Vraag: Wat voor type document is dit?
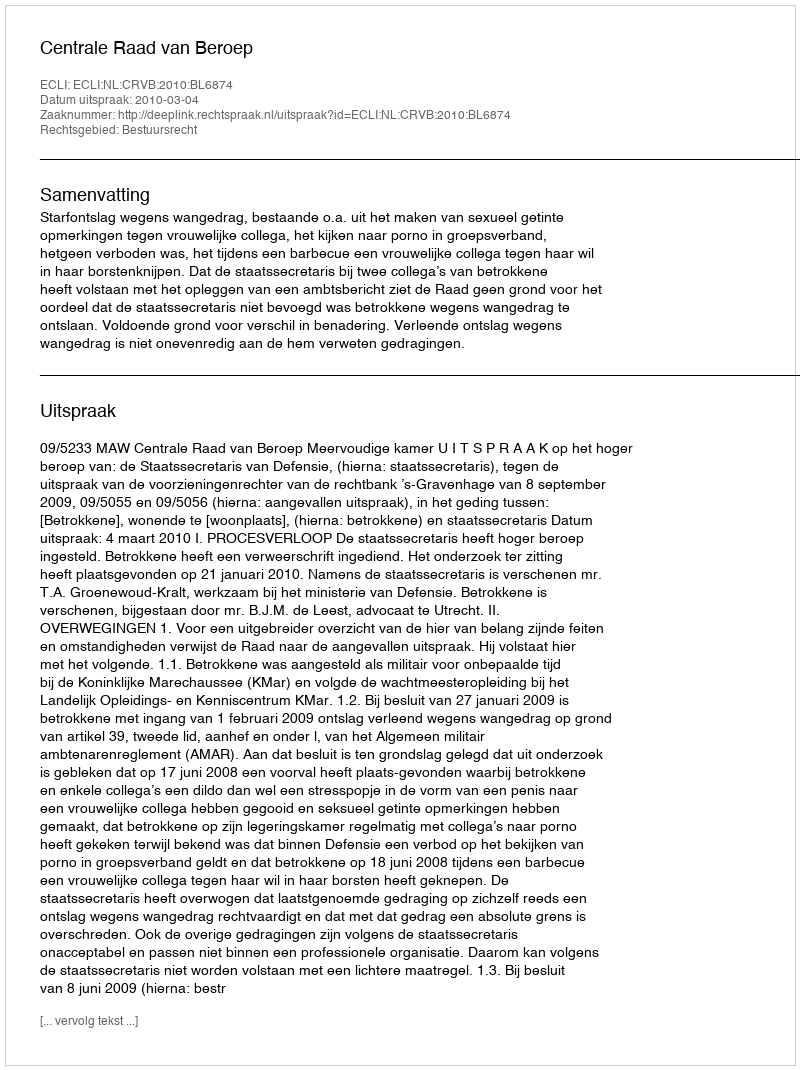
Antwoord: Uitspraak